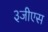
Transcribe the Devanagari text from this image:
३जीएस